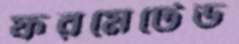
ফরমেটেড